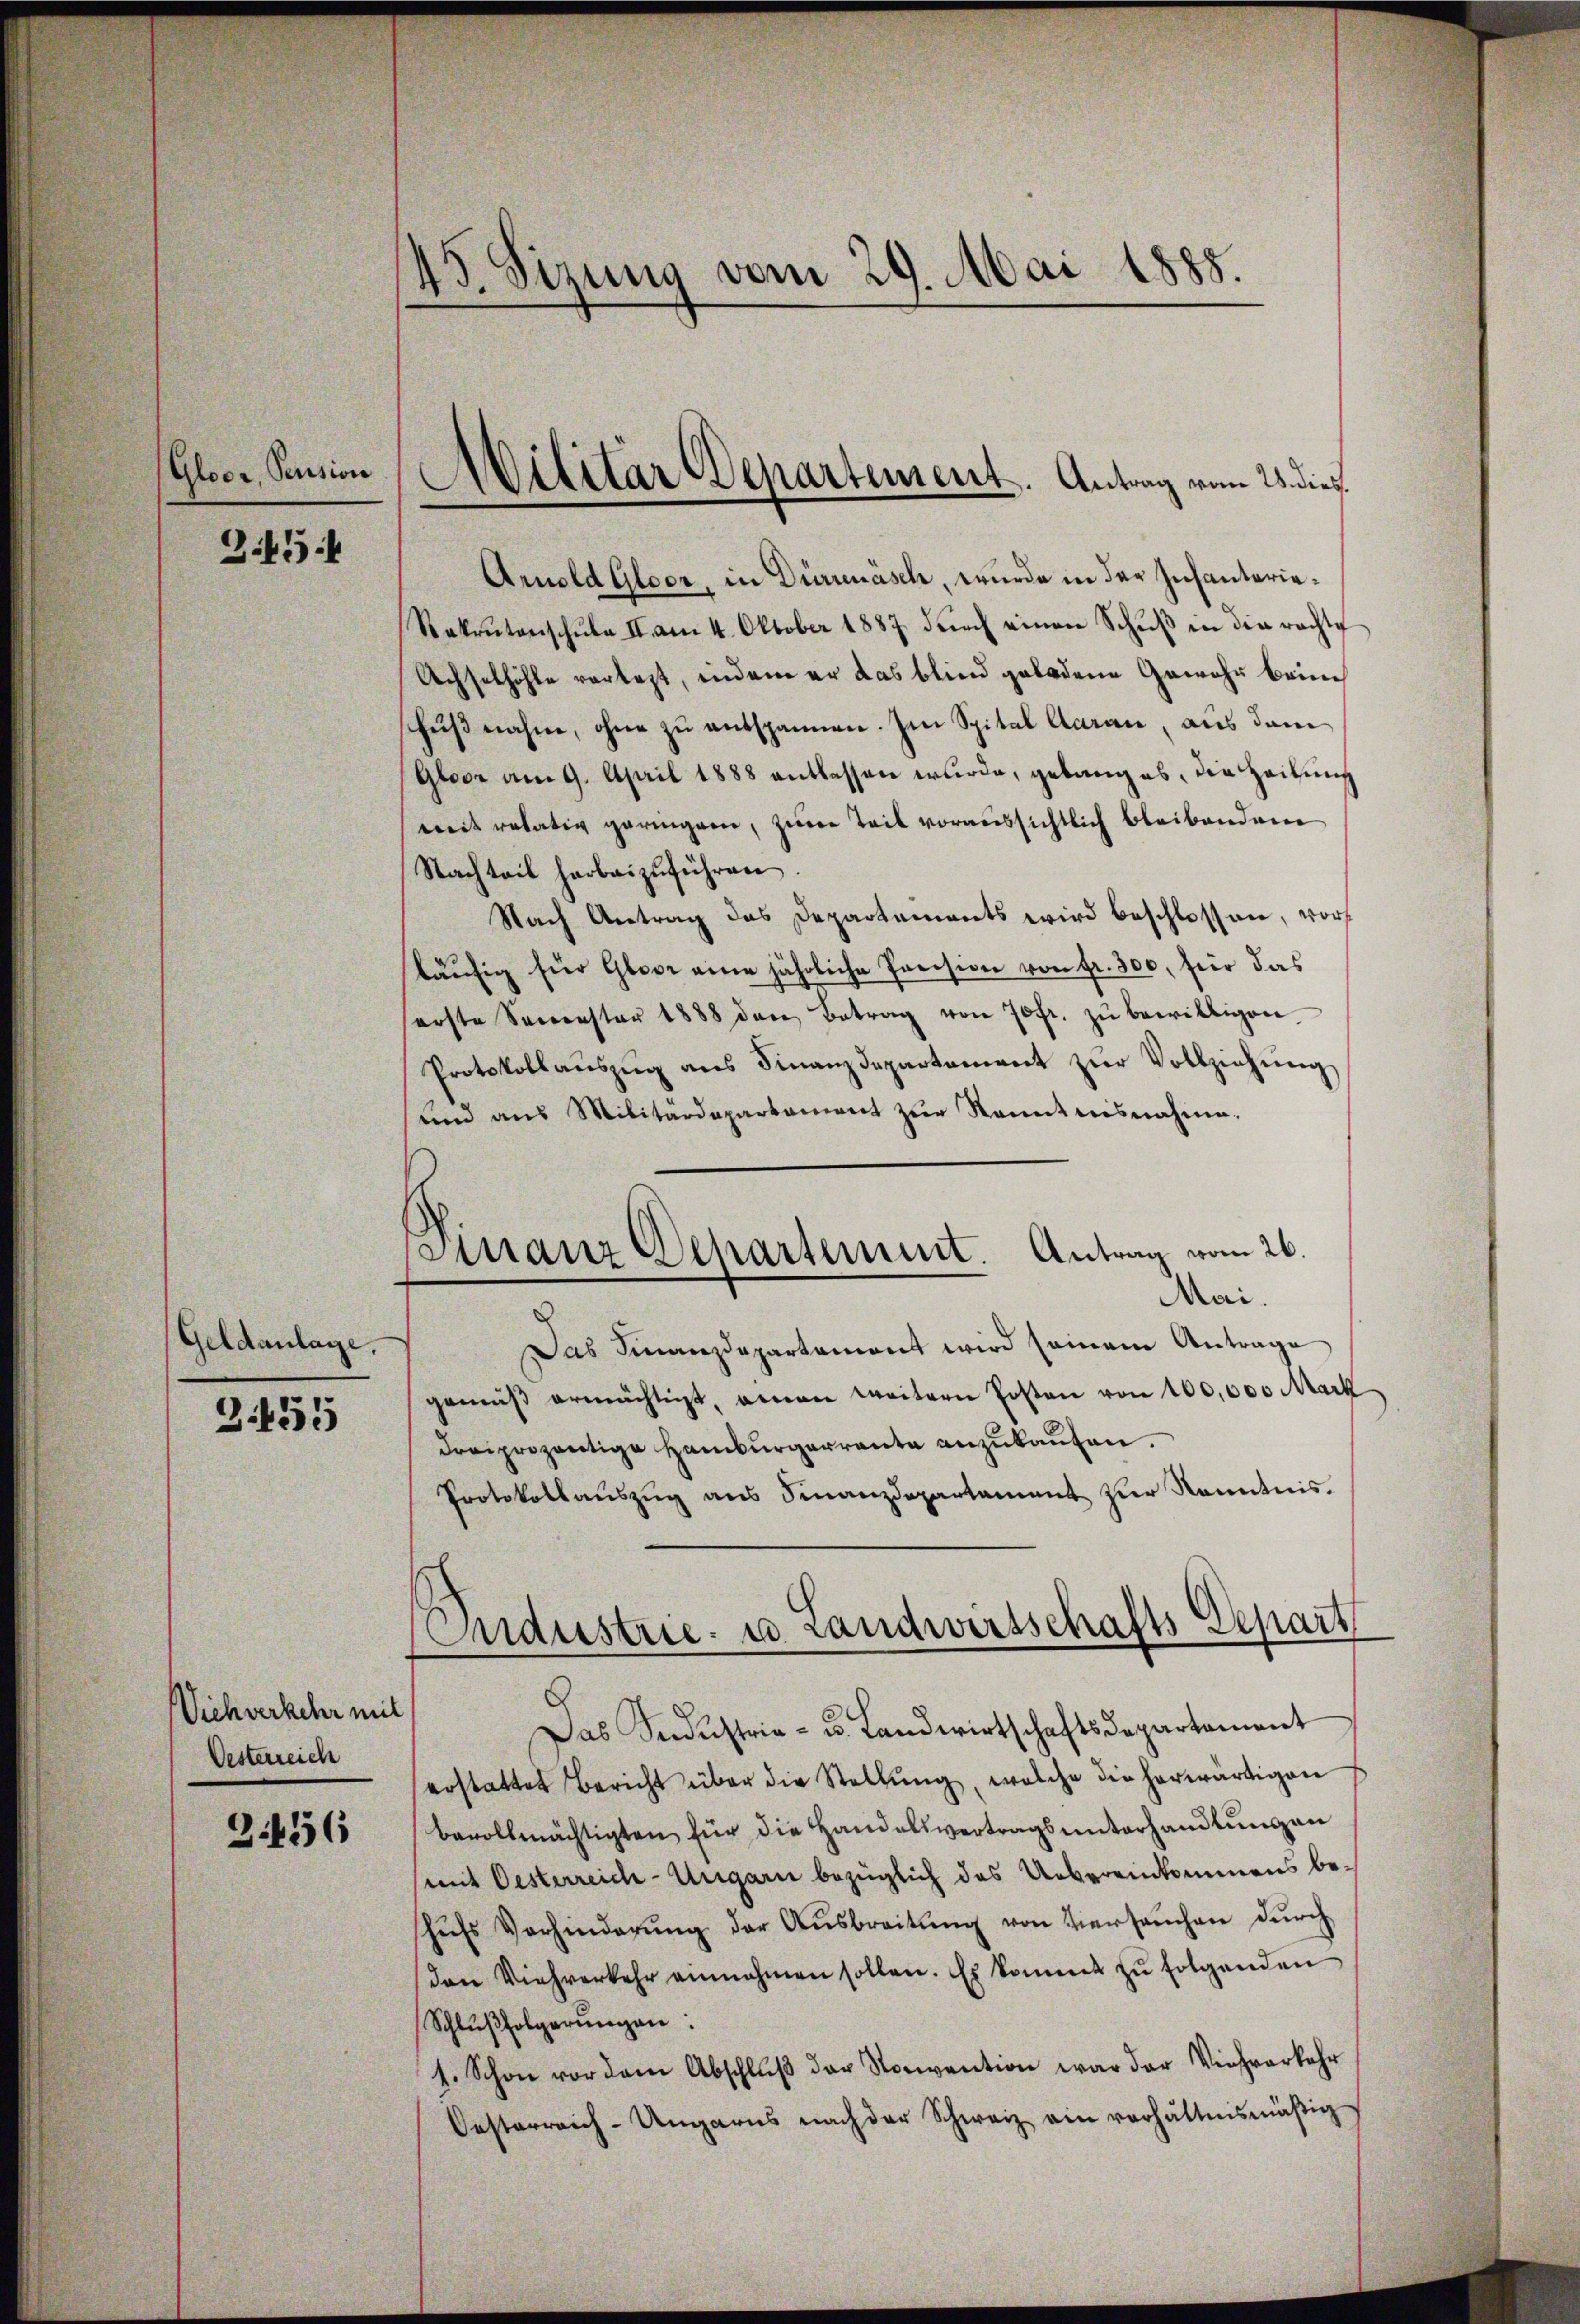
Gloor, Pension

3454

Geldanlage.

3455

Viehverkehr mit
Oesterreich

2.456

45. Sizung vom 29. Mai 1885.

Militar Departement. Antrag vom 25. dies

Finanz Departement. Antrag vom 26.
Mai.

Arnold Gloor, in Dürrenäsch, wurde in der Infanterie¬
Rekrutenschŭle II am 4. Oktober 1887 dŭrch einen Schŭβ in die rachte
Achselhöhle vorlegt, indem er das blind geladene Gewehr berien
chŭβnahm, ohne zu entspannen. Im Spital daran, aus dem
(Gloor am 9. April 1888 entlassen wurde, gelang es, die Zeitung
mit relativ geringen, zum Teil voraussichtlich bleibenden
Nachteil herbeizŭführen.
Nach Antrag des Departements wird beschlossen, worläŭfig für Gloor eine jährliche Preision von fr. 300, für das
serste Semester 1888 den Betrag von 70 fr. zŭ bewilligen.
Protokollaŭszŭg ans Finanzdepartement zŭr Vollziehŭng
und aus Militärdepartament zŭr Kenntnisnahme.
Das Finanzdepartemont wird seinem Antrage
gemäβ ermächtigt, einen weitern Posten von 100,000 Mark
draiprozentige Hamburgerrante anzukaufen.
Protokollauszug aus Finanzdepartament zur Kenntnis.
Endustrie- u. Landwirtschafts-Depart
Das Indŭstria- u. Landwirtschaftsdepartament
erstattet Bericht über die Stellŭng, welche die herwärtigen
bevollmächtigten für die Handelsvertragsunterhandlŭngen
mit Oesterreich-Ungarn bezüglich das Uebereinkommens be-
hŭfs Verhinderŭng der Aŭsbreitŭng von Versaŭchen dŭrch
den Viehverkehr einnahmen sollen. Es kommt zu folgenden
Schlŭβfolgerŭngen:
1. Schon vor dem Abschluß der Nonvention war der Viehverkehr
Oesterreich-Ungarns nach der Schweiz ein verhältnismäßig